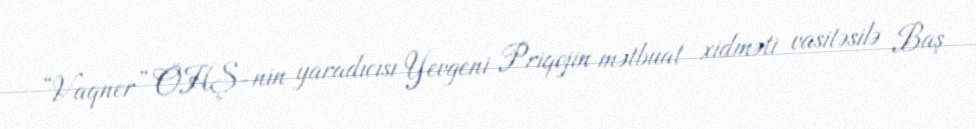
“Vaqner” ÖHŞ-nin yaradıcısı Yevgeni Priqojin mətbuat xidməti vasitəsilə Baş